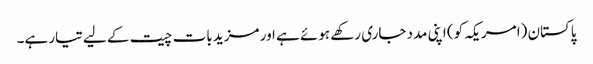
پاکستان (امریکہ کو) اپنی مدد جاری رکھے ہوئے ہے اور مزید بات چیت کے لیے تیار ہے۔